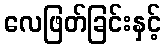
လေဖြတ်ခြင်းနှင့်